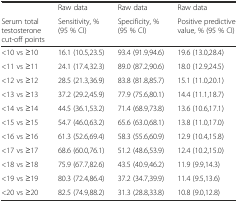
<table><thead><tr><td>[EMPTY_CELL]</td><td><b>Raw data</b></td><td><b>Raw data</b></td><td><b>Raw data</b></td></tr><tr><td><b>Serum total testosterone cut-off points</b></td><td><b>Sensitivity, % (95 % CI)</b></td><td><b>Specificity, % (95 % CI)</b></td><td><b>Positive predictive value, % (95 % CI)</b></td></tr></thead><tbody><tr><td>&lt;10 vs ≥10</td><td>16.1 (10.5,23.5)</td><td>93.4 (91.9,94.6)</td><td>19.6 (13.0,28.4)</td></tr><tr><td>&lt;11 vs ≥11</td><td>24.1 (17.4,32.3)</td><td>89.0 (87.2,90.6)</td><td>18.0 (12.9,24.5)</td></tr><tr><td>&lt;12 vs ≥12</td><td>28.5 (21.3,36.9)</td><td>83.8 (81.8,85.7)</td><td>15.1 (11.0,20.1)</td></tr><tr><td>&lt;13 vs ≥13</td><td>37.2 (29.2,45.9)</td><td>77.9 (75.6,80.1)</td><td>14.4 (11.1,18.7)</td></tr><tr><td>&lt;14 vs ≥14</td><td>44.5 (36.1,53.2)</td><td>71.4 (68.9,73.8)</td><td>13.6 (10.6,17.1)</td></tr><tr><td>&lt;15 vs ≥15</td><td>54.7 (46.0,63.2)</td><td>65.6 (63.0,68.1)</td><td>13.8 (11.0,17.0)</td></tr><tr><td>&lt;16 vs ≥16</td><td>61.3 (52.6,69.4)</td><td>58.3 (55.6,60.9)</td><td>12.9 (10.4,15.8)</td></tr><tr><td>&lt;17 vs ≥17</td><td>68.6 (60.0,76.1)</td><td>51.2 (48.6,53.9)</td><td>12.4 (10.2,15.0)</td></tr><tr><td>&lt;18 vs ≥18</td><td>75.9 (67.7,82.6)</td><td>43.5 (40.9,46.2)</td><td>11.9 (9.9,14.3)</td></tr><tr><td>&lt;19 vs ≥19</td><td>80.3 (72.4,86.4)</td><td>37.2 (34.7,39.9)</td><td>11.4 (9.5,13.6)</td></tr><tr><td>&lt;20 vs ≥20</td><td>82.5 (74.9,88.2)</td><td>31.3 (28.8,33.8)</td><td>10.8 (9.0,12.8)</td></tr></tbody></table>